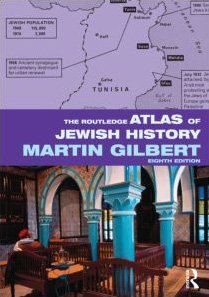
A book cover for The Routledge Atlas of Jewish History (Routledge Historical Atlases); Martin Gilbert; History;